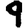
Digit: 9